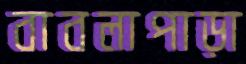
বাবলাপাড়া